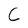
Character: C